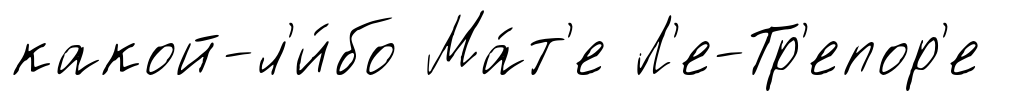
какой-л'и́бо Ма́т'е Л'е-Тр'епор'е